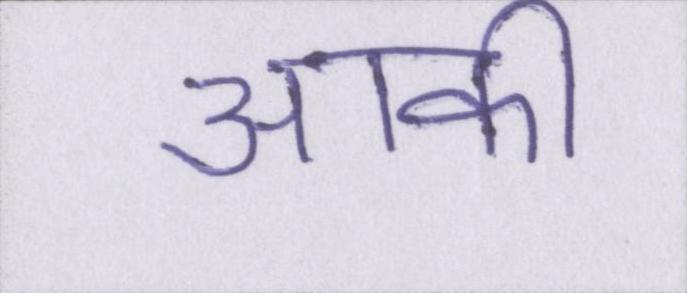
आकी